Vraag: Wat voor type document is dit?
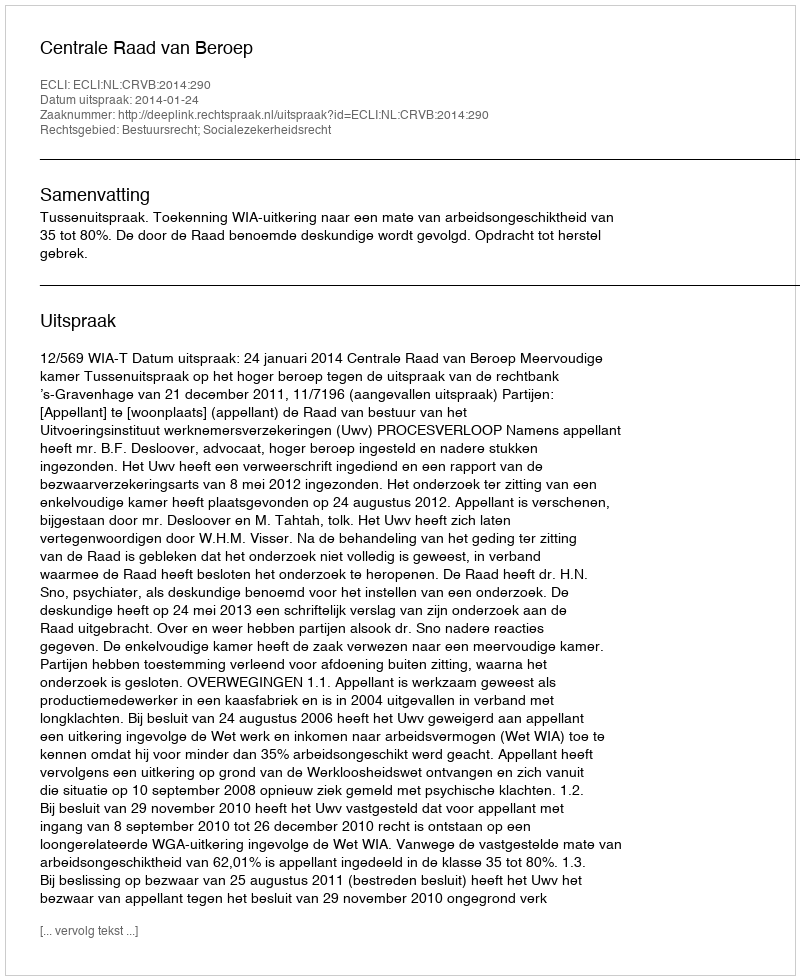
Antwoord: Uitspraak